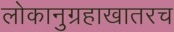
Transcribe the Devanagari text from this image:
लोकानुग्रहाखातरच